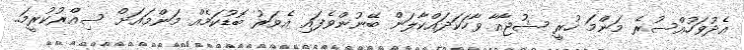
އެދުވަހުއްސުރެ މަންމަ ހުރީ ޝުޖާއާ ވާހަކަދައްކާލަން ބޭނުންވެފައި އެވަރު ބޮޑުކަމެއް މަންމައަށް ސިއްރުކުރީމަ..